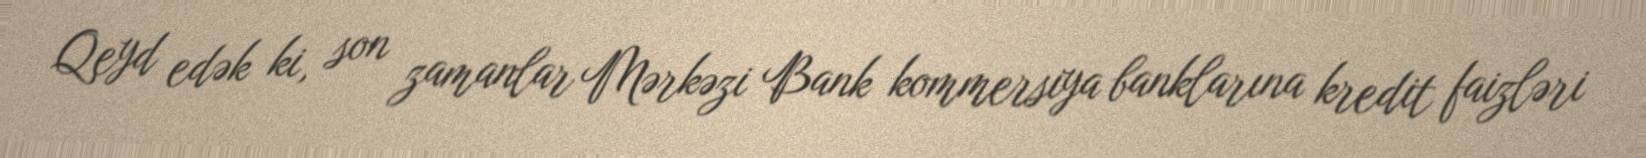
Qeyd edək ki, son zamanlar Mərkəzi Bank kommersiya banklarına kredit faizləri